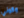
وكوني